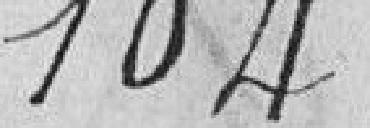
104